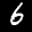
Digit: 6